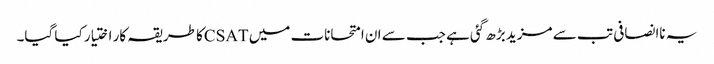
یہ ناانصافی تب سے مزید بڑھ گئی ہے جب سے ان امتحانات میں CSATکا طریقہ کار اختیار کیا گیا۔